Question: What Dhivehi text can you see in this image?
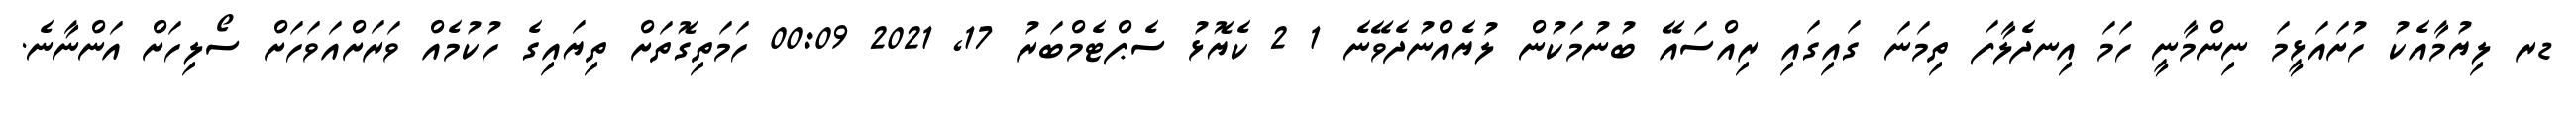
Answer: ޑރ ލިޔުމާއެކު ހުށައަޅީމަ ނިންމާނީ ހަމަ އިނދެލާފަ ތިމަނަ ގައިގައި ރިއްސައޭ ބުނުމަކުން ލުޔެއްނުދެވޭނެ 1 2 ކެޔޮޅު ސެޕްޓެމްބަރު 17, 2021 00:09 ހަމަތިގޮތަށް ތިޔައިގެ ހުކުމެއް ވަރަށްއަވަހަށް ސޯލިހަށް އަންނާނެ.